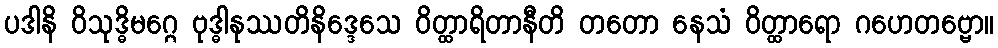
ပဒါနိ ဝိသုဒ္ဓိမဂ္ဂေ ဗုဒ္ဓါနုဿတိနိဒ္ဒေသေ ဝိတ္ထာရိတာနီတိ တတော နေသံ ဝိတ္ထာရော ဂဟေတဗ္ဗော။